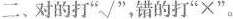
二、对的打”√”错的打”×”。